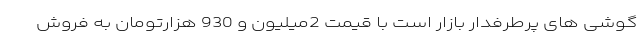
گوشی های پرطرفدار بازار است با قیمت 2میلیون و 930 هزارتومان به فروش